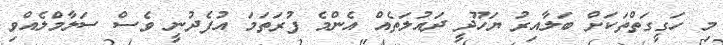
މި ހަގީގަތްތަކަށް ބަލާއިރު ޔަހޫދީ ދައުލަތެއް އެންމެ ފުރަތަމަ އުފެދުނީ ވެސް ސަލާމްލެއްވި